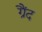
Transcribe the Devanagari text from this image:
ग्रैंद